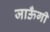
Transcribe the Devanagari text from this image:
जाऊँगी